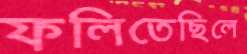
ফলিতেছিলে